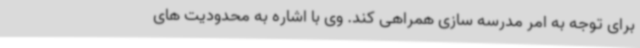
برای توجه به امر مدرسه سازی همراهی کند. وی با اشاره به محدودیت های